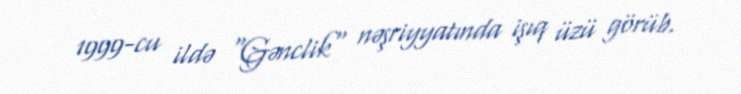
1999-cu ildə "Gənclik" nəşriyyatında işıq üzü görüb.